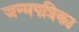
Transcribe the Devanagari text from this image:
जन्मपत्रिका